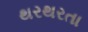
થરથરતા